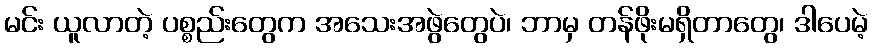
မင်း ယူလာတဲ့ ပစ္စည်းတွေက အသေးအဖွဲတွေပဲ၊ ဘာမှ တန်ဖိုးမရှိတာတွေ၊ ဒါပေမဲ့